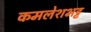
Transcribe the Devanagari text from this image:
कमलेशभट्ट